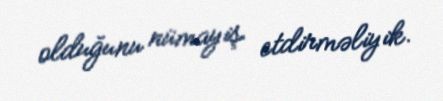
olduğunu nümayiş etdirməliyik.